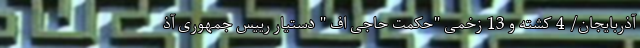
آذربایجان/ 4 کشته و 13 زخمی "حکمت حاجی اف " دستیار رییس جمهوری آذ